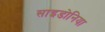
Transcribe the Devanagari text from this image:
साइडोनिया